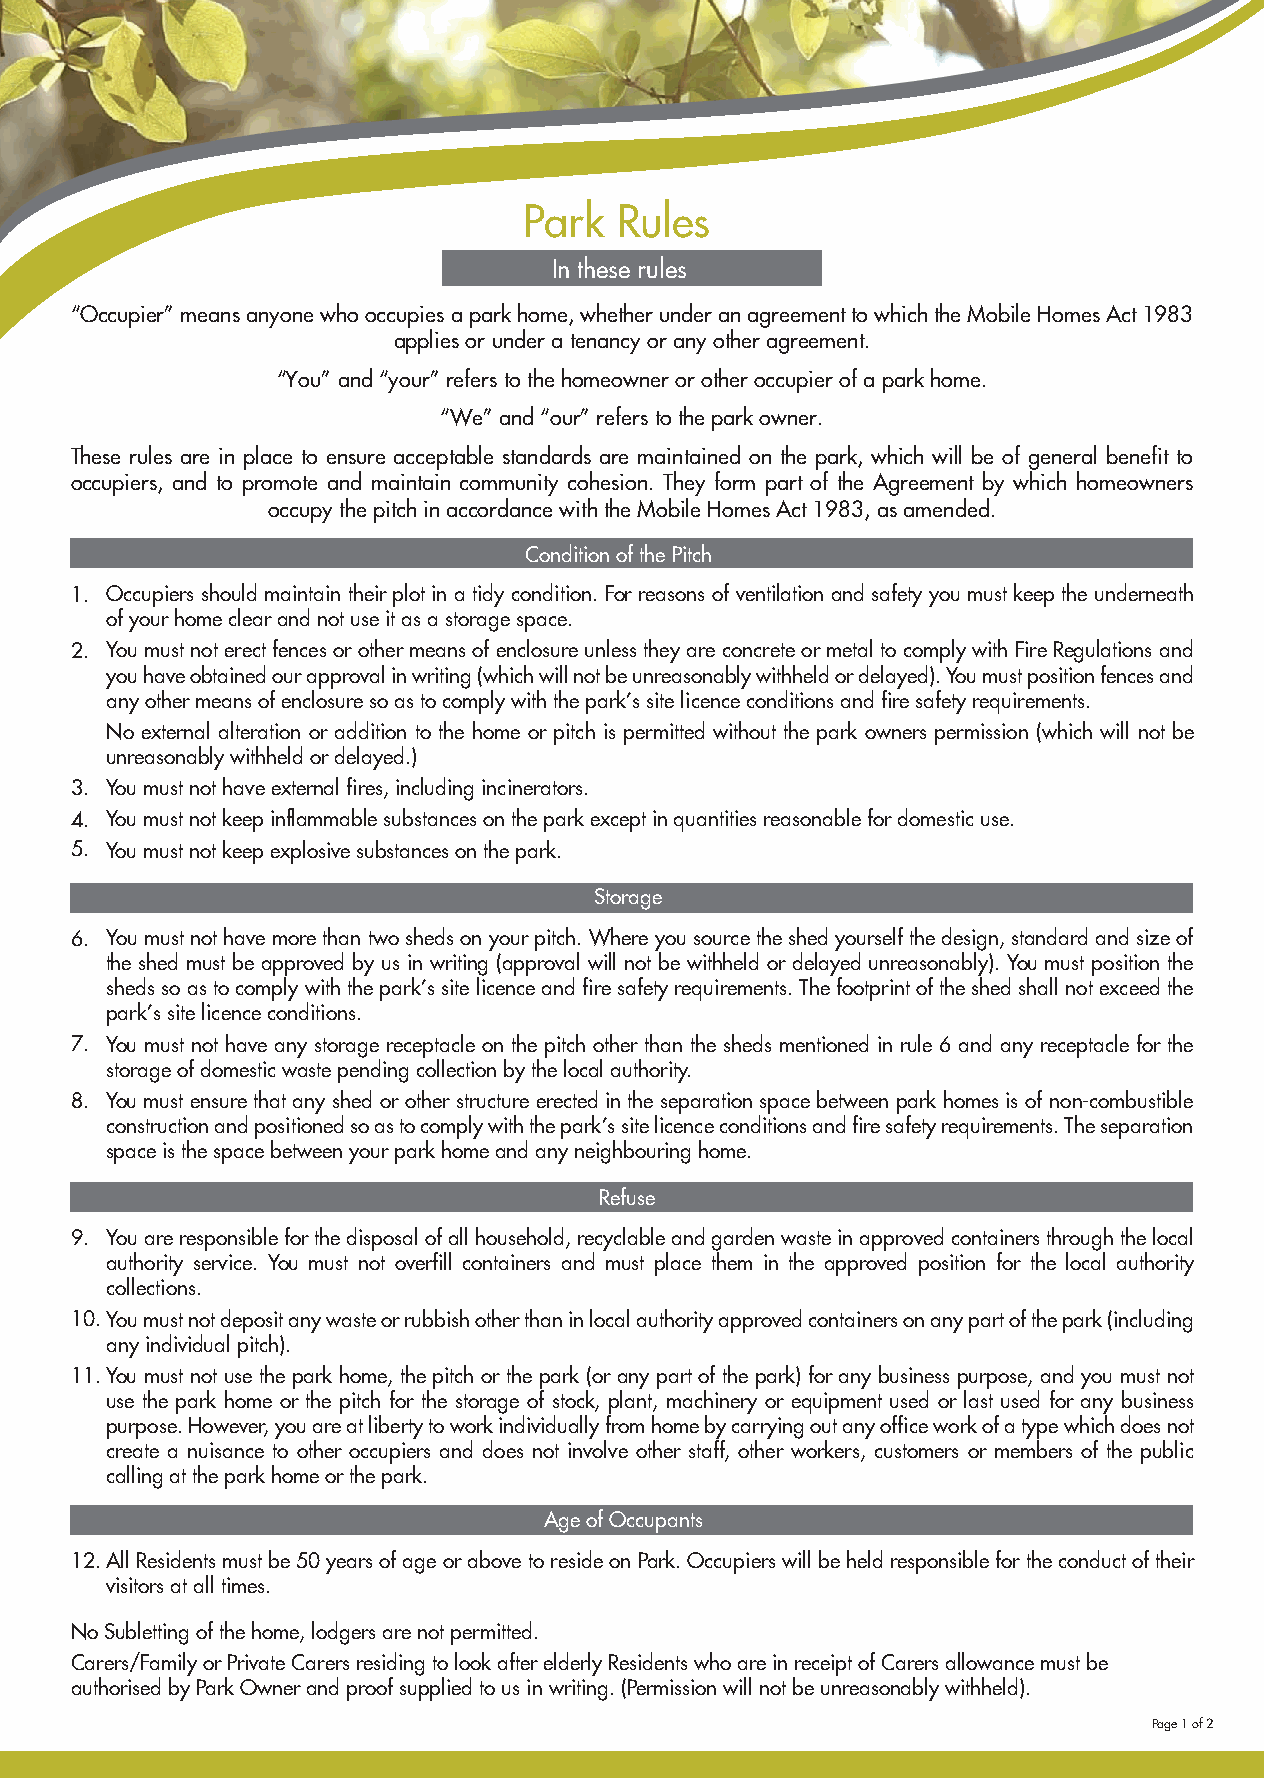
Park  Rules
 In these rules
 “Occupier” means anyone who occupies a park home, whether under an agreement to which the Mobile Homes Act 1983
 applies or under a tenancy or any other agreement.
 “You” and “your” refers to the homeowner or other occupier of a park home.
 “We” and “our” refers to the park owner.
 These rules are in place to ensure acceptable standards are maintained on the park, which will be of general benefit to
 occupiers, and to promote and maintain community cohesion. They form part of the Agreement by which homeowners
 occupy the pitch in accordance with the Mobile Homes Act 1983, as amended.
 Condition of the Pitch
 1. Occupiers should maintain their plot in a tidy condition. For reasons of ventilation and safety you must keep the underneath
 of your home clear and not use it as a storage space.
 2. You must not erect fences or other means of enclosure unless they are concrete or metal to comply with Fire Regulations and
 you have obtained our approval in writing (which will not be unreasonably withheld or delayed). You must position fences and
 any other means of enclosure so as to comply with the park’s site licence conditions and fire safety requirements.
 No external alteration or addition to the home or pitch is permitted without the park owners permission (which will not be
 unreasonably withheld or delayed.)
 3. You must not have external fires, including incinerators.
 4. You must not keep inflammable substances on the park except in quantities reasonable for domestic use.
 5. You must not keep explosive substances on the park.
 Storage
 6. You must not have more than two sheds on your pitch. Where you source the shed yourself the design, standard and size of
 the shed must be approved by us in writing (approval will not be withheld or delayed unreasonably). You must position the
 sheds so as to comply with the park’s site licence and fire safety requirements. The footprint of the shed shall not exceed the
 park’s site licence conditions.
 7. You must not have any storage receptacle on the pitch other than the sheds mentioned in rule 6 and any receptacle for the
 storage of domestic waste pending collection by the local authority.
 8. You must ensure that any shed or other structure erected in the separation space between park homes is of non-combustible
 construction and positioned so as to comply with the park’s site licence conditions and fire safety requirements. The separation
 space is the space between your park home and any neighbouring home.
 Refuse
 9. You are responsible for the disposal of all household, recyclable and garden waste in approved containers through the local
 authority service. You must not overfill containers and must place them in the approved position for the local authority
 collections.
 10. You must not deposit any waste or rubbish other than in local authority approved containers on any part of the park (including
 any individual pitch).
 11.You must not use the park home, the pitch or the park (or any part of the park) for any business purpose, and you must not
 use the park home or the pitch for the storage of stock, plant, machinery or equipment used or last used for any business
 purpose. However, you are at liberty to work individually from home by carrying out any office work of a type which does not
 create a nuisance to other occupiers and does not involve other staff, other workers, customers or members of the public
 calling at the park home or the park.
 Age of Occupants
 12.All Residents must be 50 years of age or above to reside on Park. Occupiers will be held responsible for the conduct of their
 visitors at all times.
 No Subletting of the home, lodgers are not permitted.
 Carers/Family or Private Carers residing to look after elderly Residents who are in receipt of Carers allowance must be
 authorised by Park Owner and proof supplied to us in writing. (Permission will not be unreasonably withheld).
 Page 1 of 2